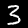
Digit: 3